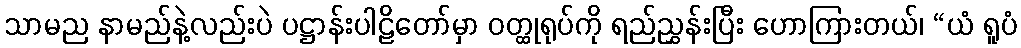
သာမည နာမည်နဲ့လည်းပဲ ပဋ္ဌာန်းပါဠိတော်မှာ ဝတ္ထုရုပ်ကို ရည်ညွှန်းပြီး ဟောကြားတယ်၊ “ယံ ရူပံ